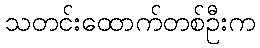
သတင်းထောက်တစ်ဦးက